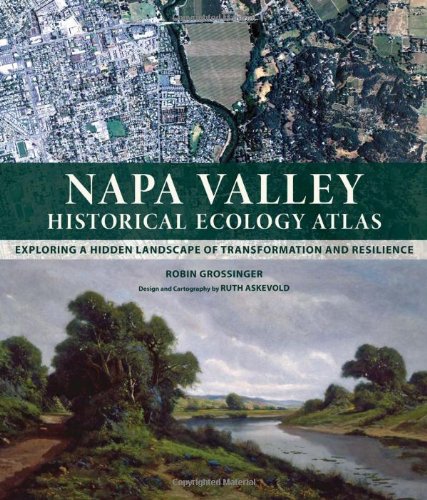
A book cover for Napa Valley Historical Ecology Atlas: Exploring a Hidden Landscape of Transformation and Resilience; Robin Grossinger; History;